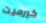
كيرميت